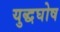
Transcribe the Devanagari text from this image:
युद्धघोष